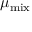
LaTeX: \mu _ { \mathrm { m i x } }